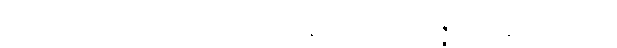
ရေဏုဝဋ္ဋိ ဝိဝိဓနယတ္တာဒိဟေတုနာ ကာရမာပဇ္ဇတေ နိဋ္ဌုဘိတွာဝ